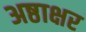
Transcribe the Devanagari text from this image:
अष्ठाक्षर